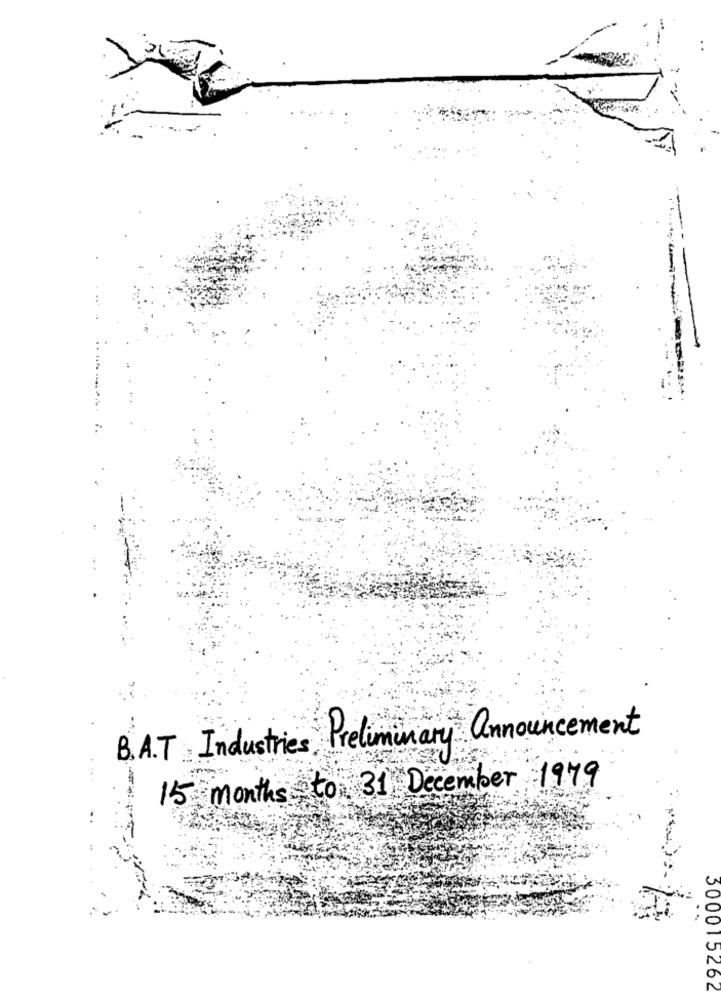
B.A.T Industries, Preliminary announcement
15 months to 31 December 1979
..
300015262